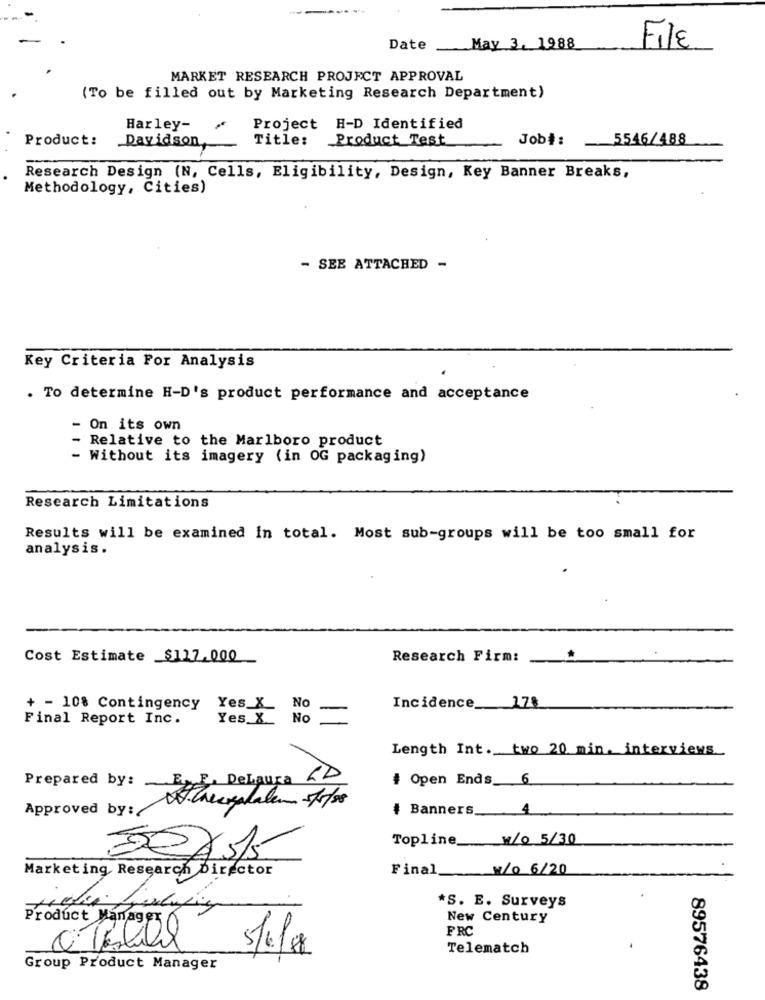
Date
May 3, 1988
File
MARKET RESEARCH PROJECT APPROVAL
(To be filled out by Marketing Research Department)
Harley-
Project H-D Identified
Product:
Davidson
Title:
Product Test
Job#:
-5546/488
Research Design (N, Cells, Eligibility, Design, Key Banner Breaks,
Methodology, Cities)
- SEE ATTACHED -
Key Criteria For Analysis
. To determine H-D's product performance and acceptance
- On its own
- Relative to the Marlboro product
- Without its imagery (in OG packaging)
Research Limitations
Results will be examined in total. Most sub-groups will be too small for
analysis.
Cost Estimate $117.000
Research Firm:
+ - 10% Contingency
Yes_X_ No
Incidence __ 178
Final Report Inc.
Yes_X_
No
Length Int. two 20 min. interviews_
Prepared by: E F. DeLaura
LD
# Open Ends_ 6
Approved by:
4
* Banners __
Topline w/0 5/30
Marketing Research Director
Final
-
N/0 6/20
*S. E. Surveys
New Century
Product Manager
FRC
Telematch
Group Product Manager
89576438